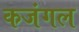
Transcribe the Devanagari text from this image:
कजंगल